Plague in India, 1896, 1897 - Volume 3
Year: 1896
Disease focus: Plague
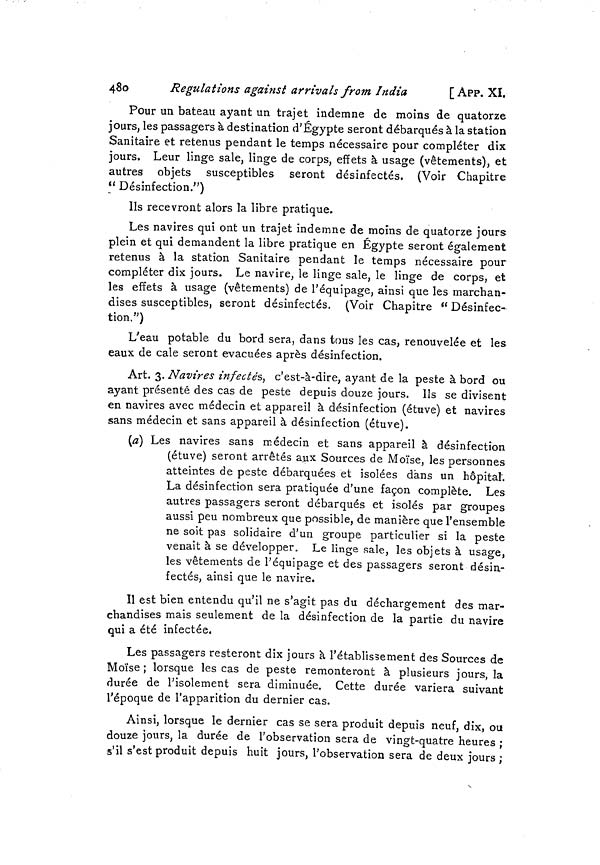
480
Regulations against arrivals from India
[ APP. XI.
Pour un bateau ayant un trajet indemne de moins de quatorze
jours, les passagers à destination d'Egypte seront débarqués à la station
Sanitaire et retenus pendant le temps nécessaire pour compléter dix
jours. Leur linge sale, linge de corps, effets à usage (vêtements), et
autres objets susceptibles seront désinfectés. (Voir Chapitre
" Désinfection.")
Ils recevront alors la libre pratique.
Les navires qui ont un trajet indemne de moins de quatorze jours
plein et qui demandent la libre pratique en Egypte seront également
retenus à la station Sanitaire pendant le temps nécessaire pour
compléter dix jours. Le navire, le linge sale, le linge de corps, et
les effets à usage (vêtements) de l'équipage, ainsi que les marchan-
dises susceptibles, seront désinfectés. (Voir Chapitre " Désinfec-
tion.")
L'eau potable du bord sera, dans tous les cas, renouvelée et les
eaux de cale seront évacuées après désinfection.
Art. 3. Navires infectés, c'est-à-dire, ayant de la peste à bord ou
ayant présenté des cas de peste depuis douze jours. Ils se divisent
en navires avec médecin et appareil à désinfection (étuve) et navires
sans médecin et sans appareil à désinfection (étuve).
(a) Les navires sans médecin et sans appareil à désinfection
(étuve) seront arrêtés aux Sources de Moïse, les personnes
atteintes de peste débarquées et isolées dans un hôpital.
La désinfection sera pratiquée d'une façon complète. Les
autres passagers seront débarqués et isolés par groupes
aussi peu nombreux que possible, de manière que l'ensemble
ne soit pas solidaire d'un groupe particulier si la peste
venait à se développer. Le linge sale, les objets à usage,
les vêtements de l'équipage et des passagers seront désin-
fectés, ainsi que le navire.
Il est bien entendu qu'il ne s'agit pas du déchargement des mar-
chandises mais seulement de la désinfection de la partie du navire
qui a été infectée.
Les passagers resteront dix jours à l'établissement des Sources de
Moïse; lorsque les cas de peste remonteront à plusieurs jours, la
durée de l'isolement sera diminuée. Cette durée variera suivant
l'époque de l'apparition du dernier cas.
Ainsi, lorsque le dernier cas se sera produit depuis neuf, dix, ou
douze jours, la durée de l'observation sera de vingt-quatre heures ;
s'il s'est produit depuis huit jours, l'observation sera de deux jours ;